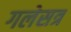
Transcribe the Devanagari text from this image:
गलेसत्र